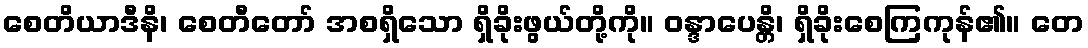
စေတိယာဒီနိ၊ စေတီတော် အစရှိသော ရှိခိုးဖွယ်တို့ကို။ ဝန္ဒာပေန္တိ၊ ရှိခိုးစေကြကုန်၏။ တေ